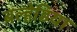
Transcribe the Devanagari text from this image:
बल्हेडिया